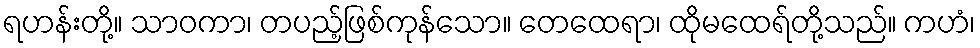
ရဟန်းတို့။ သာဝကာ၊ တပည့်ဖြစ်ကုန်သော။ တေထေရာ၊ ထိုမထေရ်တို့သည်။ ကဟံ၊